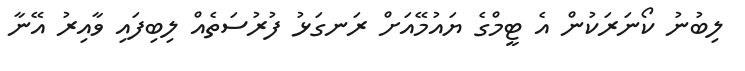
ލިބުނު ކޯނަރަކުން އެ ޓީމްގެ ޔައުމޭއަށް ރަނގަޅު ފުރުސަތެއް ލިބިފައި ވާއިރު އޭނާ